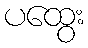
ပထွေး